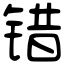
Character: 错